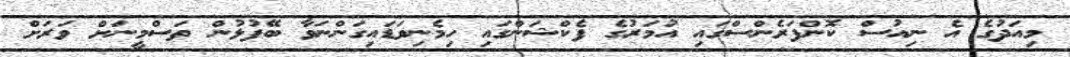
މިއަދުގެ އެ ނިއުސް ކޮންފަރެންސްގައި އުމަރުގެ ފެކްޝަންގައި ހިމެނިވަޑައިގަންނަވާ ބޭފުޅުން ތަސްމީނަށް ވަރަށް